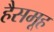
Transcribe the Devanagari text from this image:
हैसमूह